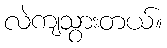
လဲကျသွားတယ်။